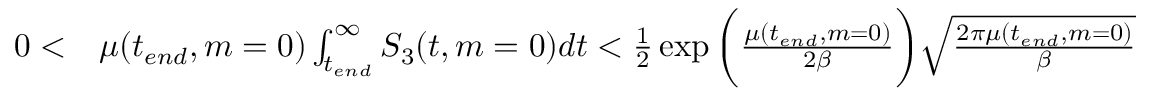
\begin{array} { r l } { 0 < } & { { } \mu ( t _ { e n d } , m = 0 ) \int _ { t _ { e n d } } ^ { \infty } S _ { 3 } ( t , m = 0 ) d t < \frac { 1 } { 2 } \exp { \bigg ( \frac { \mu ( t _ { e n d } , m = 0 ) } { 2 \beta } \bigg ) } \sqrt { \frac { 2 \pi \mu ( t _ { e n d } , m = 0 ) } { \beta } } } \end{array}